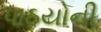
પાઠયોની